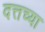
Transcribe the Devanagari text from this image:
दत्तच्या